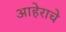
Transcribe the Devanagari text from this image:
आहेराचे